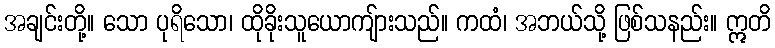
အချင်းတို့။ သော ပုရိသော၊ ထိုခိုးသူယောကျ်ားသည်။ ကထံ၊ အဘယ်သို့ ဖြစ်သနည်း။ ဣတိ